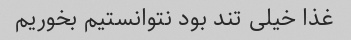
غذا خیلی تند بود نتوانستیم بخوریم